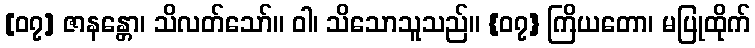
[၀၇] ဇာနန္တော၊ သိလတ်သော်။ ဝါ၊ သိသောသူသည်။ {၀၇} ကြိယတော၊ မပြုထိုက်